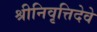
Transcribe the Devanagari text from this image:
श्रीनिवृत्तिदेवे